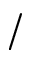
/